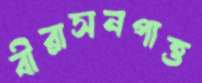
বীরাসনপাত্ত